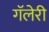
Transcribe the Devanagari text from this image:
गॅलेरी